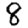
Digit: 8